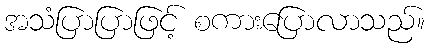
အသံပြာပြာဖြင့် စကားပြောလာသည်။